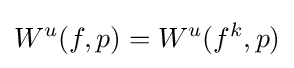
W^{u}(f,p)=W^{u}(f^{k},p)